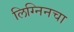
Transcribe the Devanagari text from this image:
लिग्निनचा